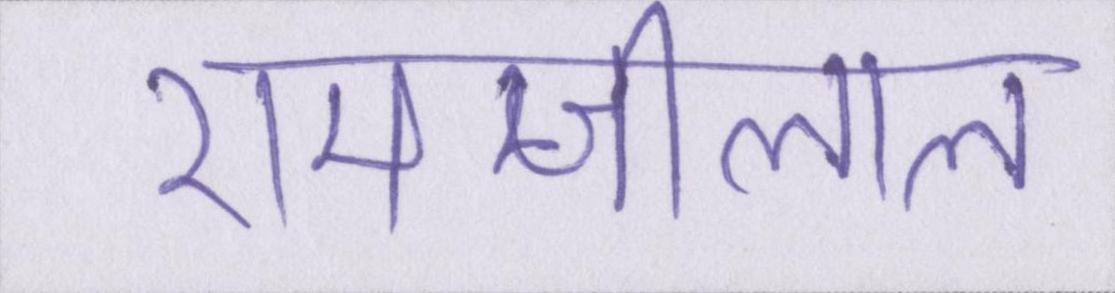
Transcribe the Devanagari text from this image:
रामजीलाल